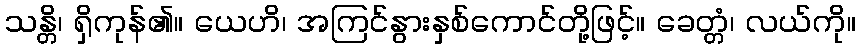
သန္တိ၊ ရှိကုန်၏။ ယေဟိ၊ အကြင်နွားနှစ်ကောင်တို့ဖြင့်။ ခေတ္တံ၊ လယ်ကို။